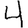
Digit: 4